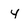
Character: 4